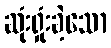
ဆုံးရှုံးခဲ့သော